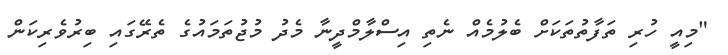
"މިއީ ހުރި ތަފާތުތަކަށް ބެލުމެއް ނެތި އިސްލާމްދީނާ މެދު މުޖުތަމައުގެ ތެރޭގައި ބިރުވެރިކަން